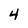
Character: 4